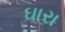
ઘારા